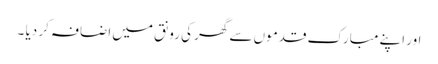
اور اپنے مبارک قدموں سے گھر کی رونق میں اضافہ کر دیا ۔